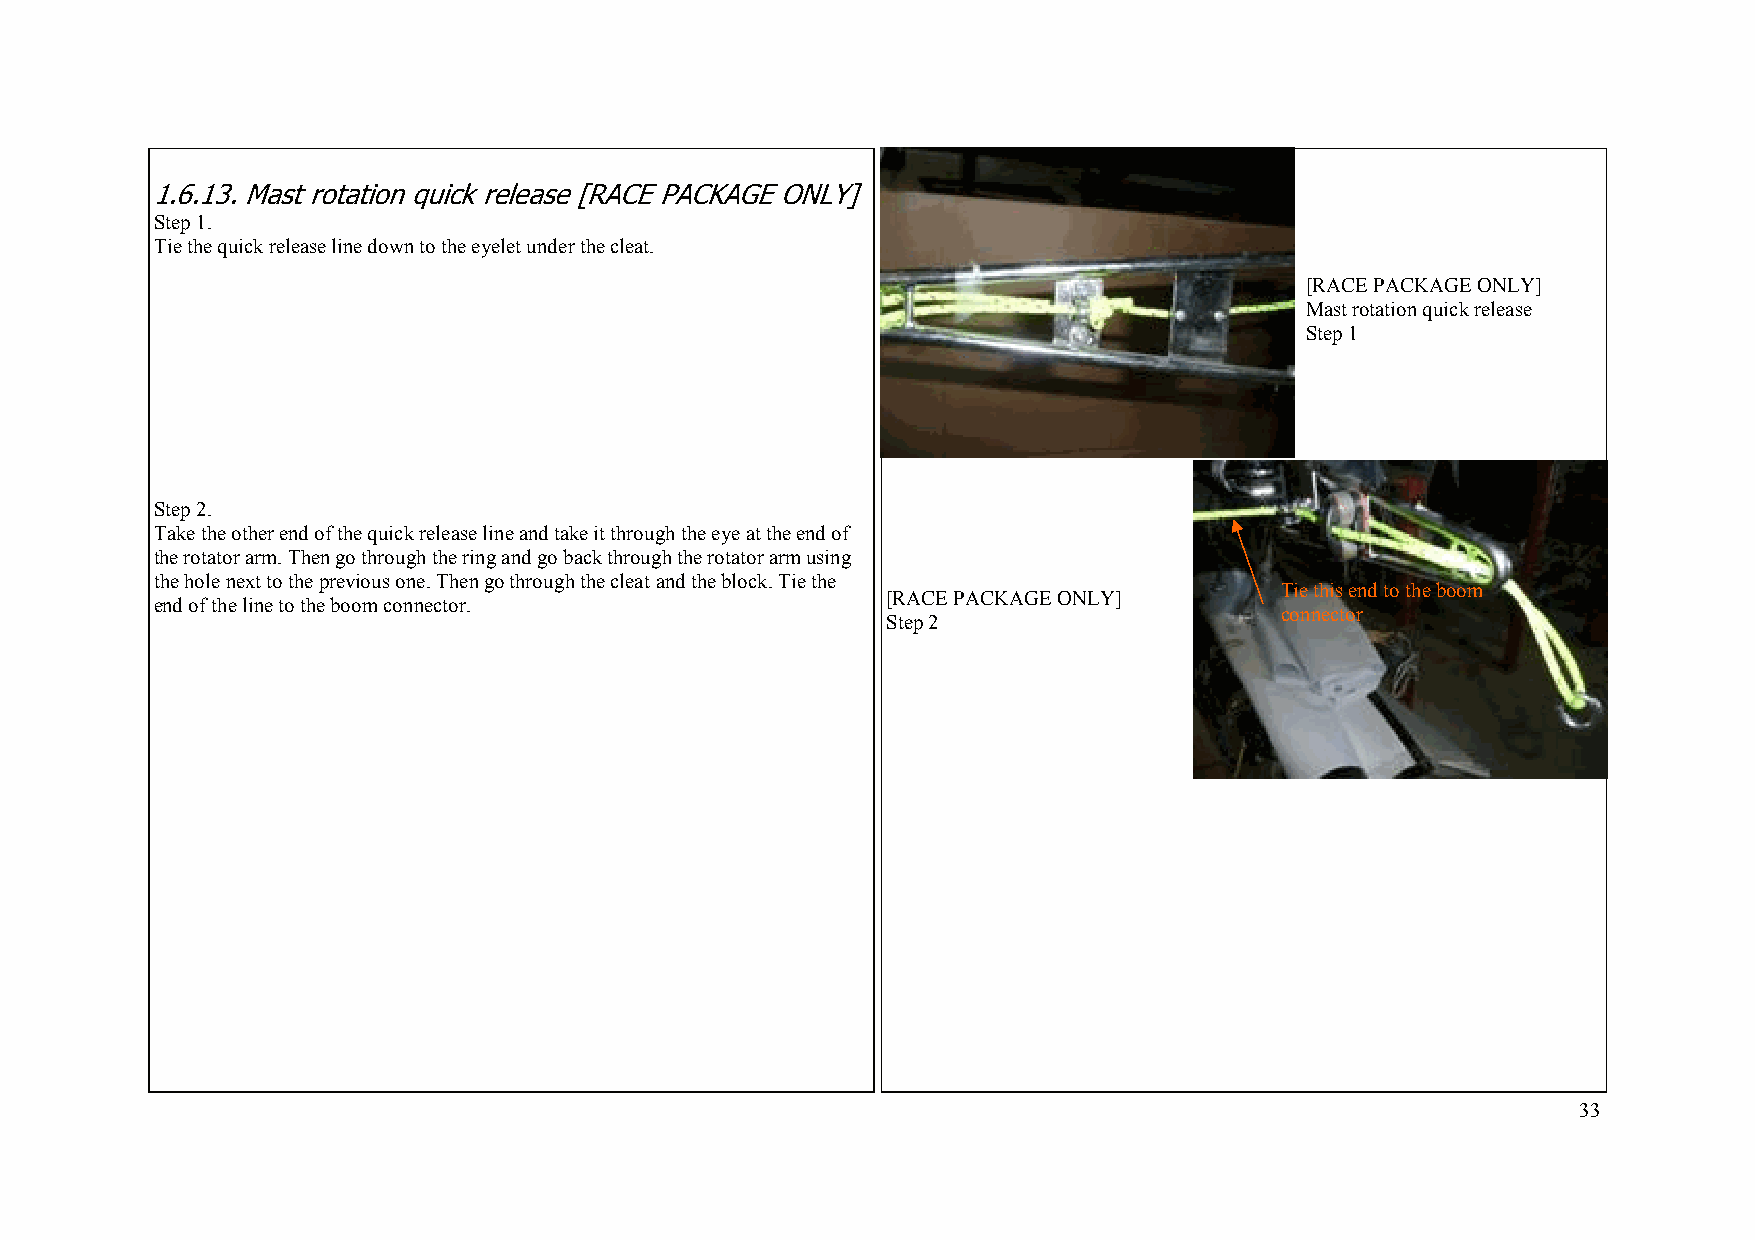
1.6.13. Mast rotation quick release [RACE PACKAGE ONLY]
 Step 1.
 Tie the quick release line down to the eyelet under the cleat.
 [RACE PACKAGE ONLY]
 Mast rotation quick release
 Step 1
 Step 2.
 Take the other end of the quick release line and take it through the eye at the end of
 the rotator arm. Then go through the ring and go back through the rotator arm using
 the hole next to the previous one. Then go through the cleat and the block. Tie the
 Tie this end to the boom
 [RACE PACKAGE ONLY]
 end of the line to the boom connector.
 connector
 Step 2
 33